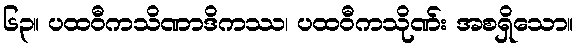
၆၃။ ပထဝီကသိဏာဒိကဿ၊ ပထဝီကသိုဏ်း အစရှိသော။